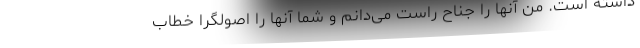
داشته است. من آنها را جناح راست می‌دانم و شما آنها را اصولگرا خطاب